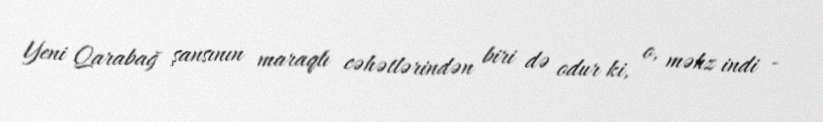
Yeni Qarabağ şansının maraqlı cəhətlərindən biri də odur ki, o, məhz indi -